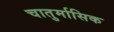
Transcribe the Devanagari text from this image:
चातुर्मासिक